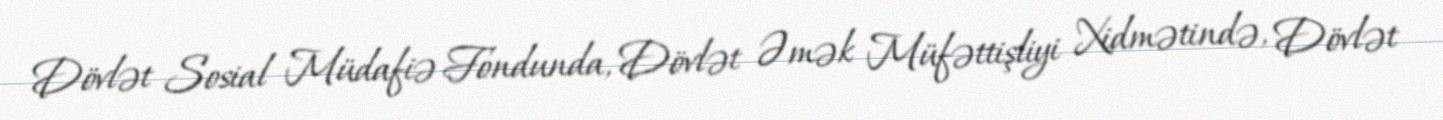
Dövlət Sosial Müdafiə Fondunda, Dövlət Əmək Müfəttişliyi Xidmətində, Dövlət